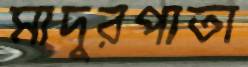
মাদুরপাতা